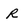
Character: R